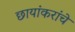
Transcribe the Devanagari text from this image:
छायांकरांचे